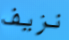
نزيف